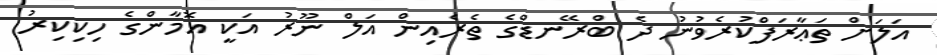
އަލަށް ތަޢާރަފްކުރެވުނު ދެ ބްރޭނޑްގެ ތެރެއިން އަލް ނޫރު އަކީ އޮމާންގެ ހިކިކިރު